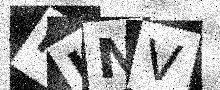
Text: IJNV